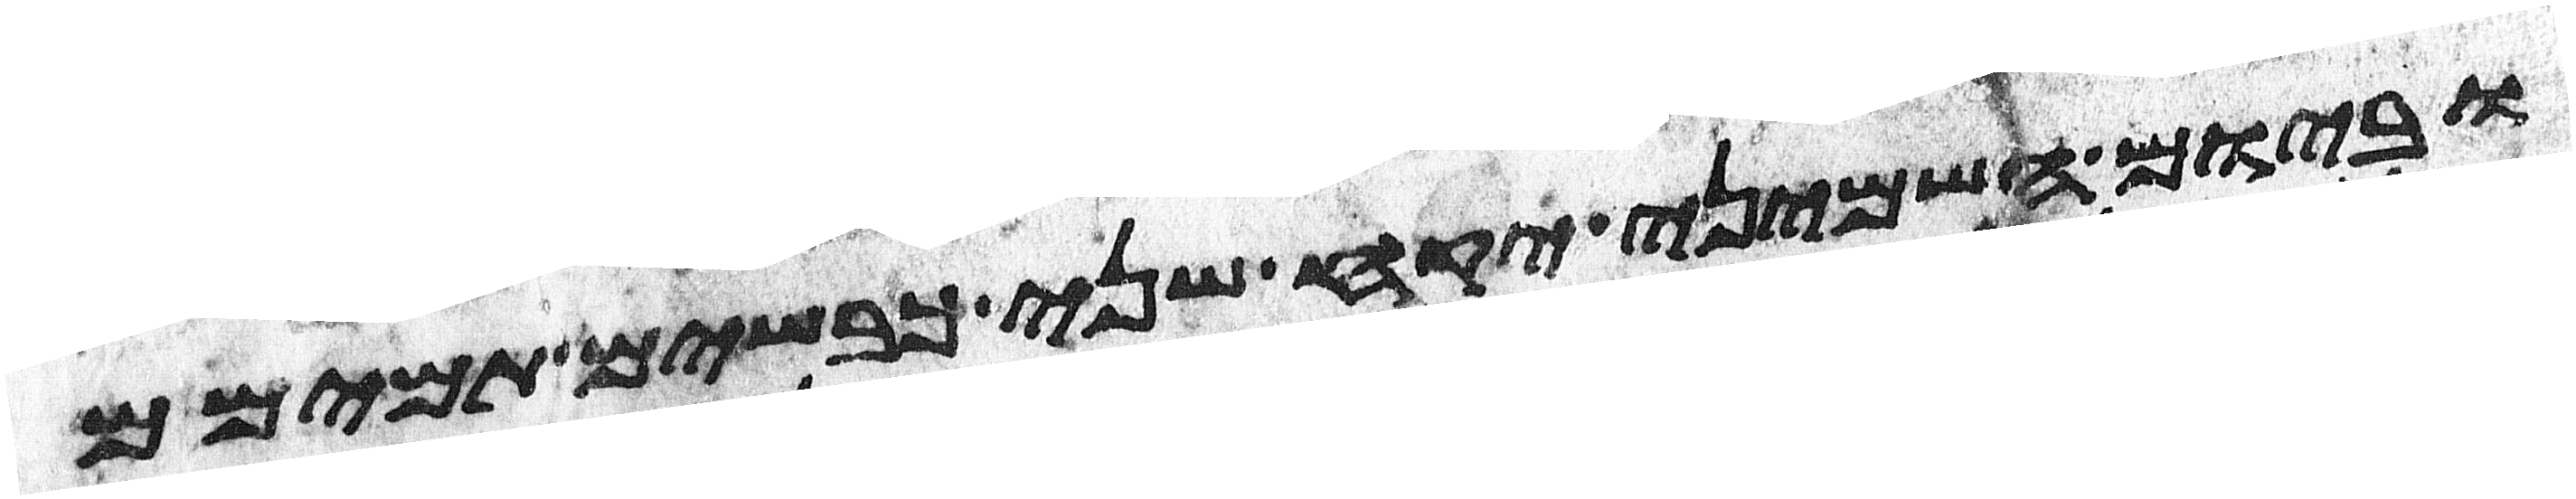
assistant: וביום השמיני יקח שני כבשים תמימם